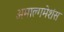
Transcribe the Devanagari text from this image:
अमाल्गमेशंस